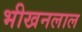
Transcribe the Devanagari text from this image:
भीखनलाल